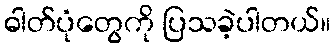
ဓါတ်ပုံတွေကို ပြသခဲ့ပါတယ်။